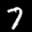
Label: 7